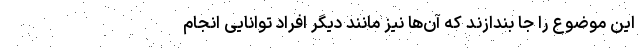
این موضوع را جا بندازند که آن‌ها نیز مانند دیگر افراد توانایی انجام